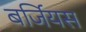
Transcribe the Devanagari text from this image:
बर्जियस